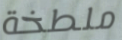
ملطخة